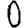
Digit: 0